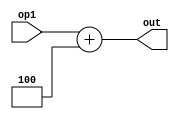
`timescale 1ns / 1ps
//////////////////////////////////////////////////////////////////////////////////
// Company: 
// Engineer: 
// 
// Design Name: 
// Module Name: adder
// Project Name: 
// Target Devices: 
// Tool Versions: 
// Description: 
// 
// Dependencies: 
// 
// Revision:
// Revision 0.01 - File Created
// Additional Comments:
// 
//////////////////////////////////////////////////////////////////////////////////


module adder(input [31:0] op1, output reg [31:0] out);
    always @(*) begin
        out <= op1 + 4;
    end   
endmodule